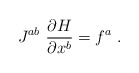
\begin{align*}J^{ab}\ \frac{\partial H}{\partial x^b} = f^a\ .\end{align*}